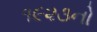
૧૯૨૩નો